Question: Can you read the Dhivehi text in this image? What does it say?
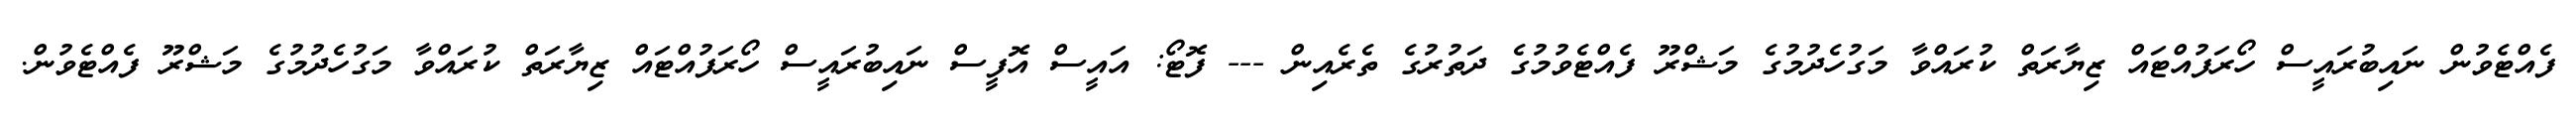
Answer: ފެއްޓެވުން ނައިބުރައީސް ހޯރަފުއްޓައް ޒިޔާރަތް ކުރައްވާ މަގުހެދުމުގެ މަޝްރޫ ފެއްޓެވުމުގެ ދަތުރުގެ ތެރެއިން --- ފޮޓޯ: އައީސް އޮފީސް ނައިބުރައީސް ހޯރަފުއްޓައް ޒިޔާރަތް ކުރައްވާ މަގުހެދުމުގެ މަޝްރޫ ފެއްޓެވުން.